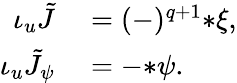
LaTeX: \begin{array}{rl}{\iota_{u}\tilde{J}}&{{}=(-)^{q+1}{*\xi},}\\ {\iota_{u}\tilde{J}_{\psi}}&{{}=-{*\psi}.}\end{array}